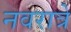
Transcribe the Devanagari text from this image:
नवरात्रे